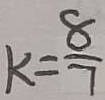
k = \frac { 8 } { 7 }